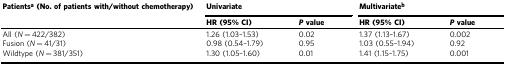
<table><thead><tr><td rowspan="2"><b>Patients<sup>a</sup> (No. of patients with/without chemotherapy)</b></td><td colspan="2"><b>Univariate</b></td><td colspan="2"><b>Multivariate<sup>b</sup></b></td></tr><tr><td><b>HR (95% CI)</b></td><td><b><i>P</i> value</b></td><td><b>HR (95% CI)</b></td><td><b><i>P</i> value</b></td></tr></thead><tbody><tr><td>All (<i>N</i> = 422/382)</td><td>1.26 (1.03–1.53)</td><td>0.02</td><td>1.37 (1.13–1.67)</td><td>0.002</td></tr><tr><td>Fusion (<i>N</i> = 41/31)</td><td>0.98 (0.54–1.79)</td><td>0.95</td><td>1.03 (0.55–1.94)</td><td>0.92</td></tr><tr><td>Wildtype (<i>N</i> = 381/351)</td><td>1.30 (1.05–1.60)</td><td>0.01</td><td>1.41 (1.15–1.75)</td><td>0.001</td></tr></tbody></table>